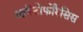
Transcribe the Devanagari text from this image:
आयेंटोफोरैसिस